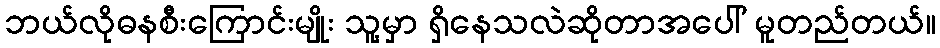
ဘယ်လိုဓနစီးကြောင်းမျိုး သူ့မှာ ရှိနေသလဲဆိုတာအပေါ် မူတည်တယ်။